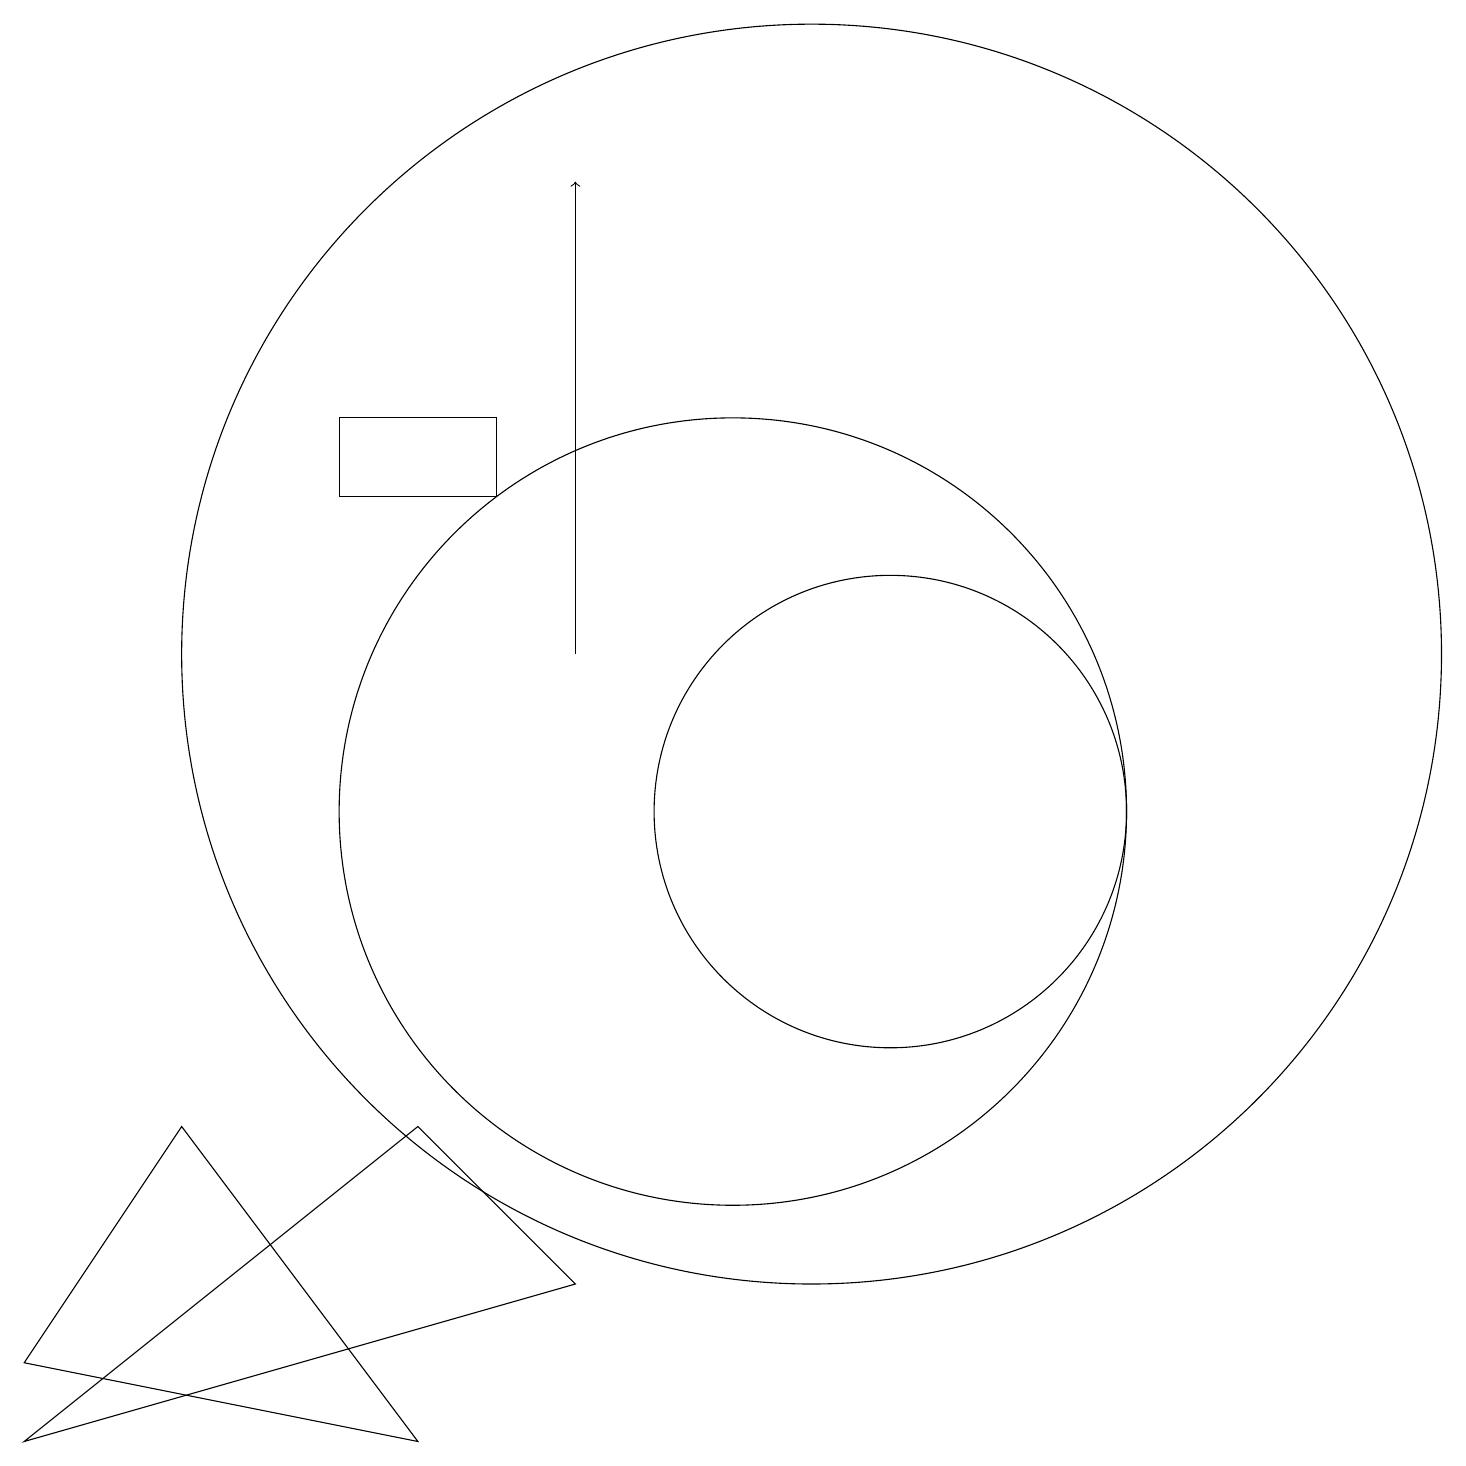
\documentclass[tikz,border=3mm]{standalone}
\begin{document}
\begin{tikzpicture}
\draw (12,10) circle (3);
\draw[->] (8,12) -- (8,18);
\draw (5,15) rectangle (7,14);
\draw (6,6) -- (1,2) -- (8,4) -- cycle;
\draw (11,12) circle (8);
\draw (1,3) -- (6,2) -- (3,6) -- cycle;
\draw (10,10) circle (5);
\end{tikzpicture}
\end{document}